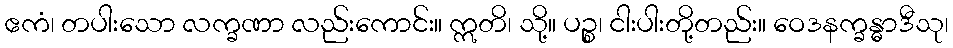
ဧကံ၊ တပါးသော လက္ခဏာ လည်းကောင်း။ ဣတိ၊ သို့။ ပဉ္စ၊ ငါးပါးတို့တည်း။ ဝေဒနက္ခန္ဓာဒီသု၊